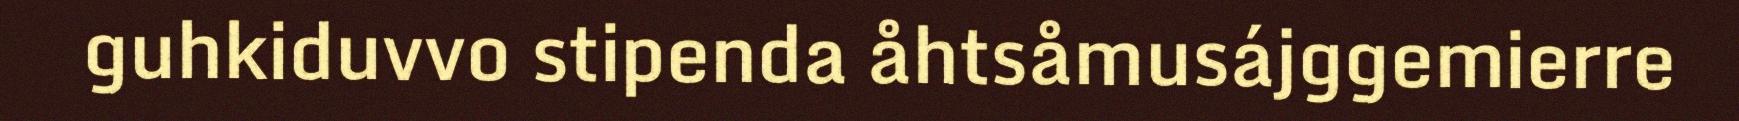
guhkiduvvo stipenda åhtsåmusájggemierre